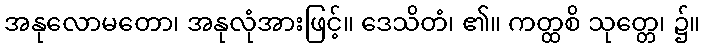
အနုလောမတော၊ အနုလုံအားဖြင့်။ ဒေသိတံ၊ ၏။ ကတ္ထစိ သုတ္တေ၊ ၌။